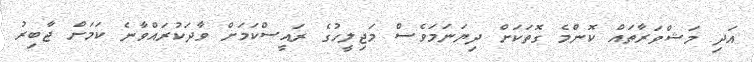
އަދި މަޝްވަރާތައް ކޮންމެ ގޮތަކަށް ދިޔަނަމަވެސް މަޖިލީހުގެ ރައީސްކަމަށް ވާދަކުރައްވާނެ ކަމަށް ޖާބިރު